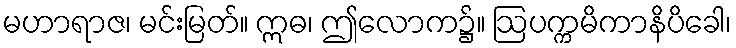
မဟာရာဇ၊ မင်းမြတ်။ ဣဓ၊ ဤလောက၌။ ဩပက္ကမိကာနိပိခေါ၊